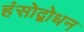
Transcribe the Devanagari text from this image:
हंसोद्बोधन